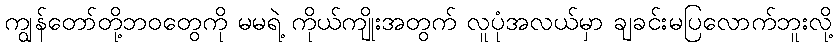
ကျွန်တော်တို့ဘဝတွေကို မမရဲ့ ကိုယ်ကျိုးအတွက် လူပုံအလယ်မှာ ချခင်းမပြလောက်ဘူးလို့